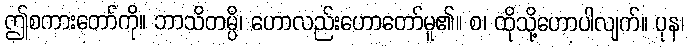
ဤစကားတော်ကို။ ဘာသိတမ္ပိ၊ ဟောလည်းဟောတော်မူ၏။ စ၊ ထိုသို့ဟောပါလျက်။ ပုန၊